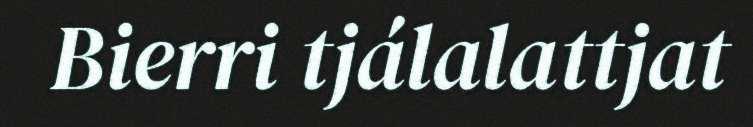
Bierri tjálalattjat